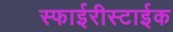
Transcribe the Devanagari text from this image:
स्फाईरीस्टाईक